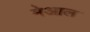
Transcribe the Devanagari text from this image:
मेआल